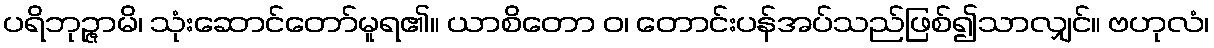
ပရိဘုဉ္ဇာမိ၊ သုံးဆောင်တော်မူရ၏။ ယာစိတော ဝ၊ တောင်းပန်အပ်သည်ဖြစ်၍သာလျှင်။ ဗဟုလံ၊